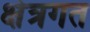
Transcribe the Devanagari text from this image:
क्षेत्रगत